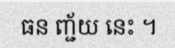
ធន ញ្ជ័យ នេះ ។